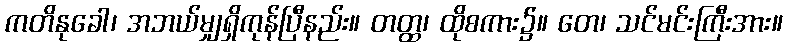
ကတိနုခေါ၊ အဘယ်မျှရှိကုန်ပြီနည်း။ တတ္ထ၊ ထိုစကား၌။ တေ၊ သင်မင်းကြီးအား။